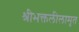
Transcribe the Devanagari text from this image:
श्रीभक्तलीलामृत